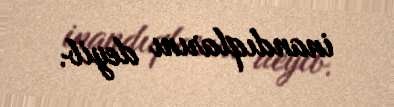
inandıqlarını deyib.